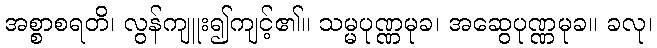
အစ္စာစရတိ၊ လွန်ကျူး၍ကျင့်၏။ သမ္မပုဏ္ဏမုခ၊ အဆွေပုဏ္ဏမုခ။ ခလု၊